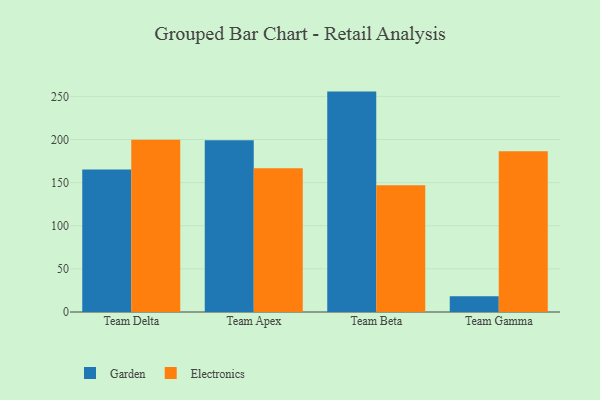
{"axis": {"x": "Team", "y": "Churn Rate (%)"}, "legend": ["Electronics", "Garden"], "data": [{"x": "Team Delta", "y": 165.4, "type": "Garden"}, {"x": "Team Delta", "y": 199.8, "type": "Electronics"}, {"x": "Team Apex", "y": 199.3, "type": "Garden"}, {"x": "Team Apex", "y": 166.7, "type": "Electronics"}, {"x": "Team Beta", "y": 255.6, "type": "Garden"}, {"x": "Team Beta", "y": 146.9, "type": "Electronics"}, {"x": "Team Gamma", "y": 18.3, "type": "Garden"}, {"x": "Team Gamma", "y": 186.4, "type": "Electronics"}]}